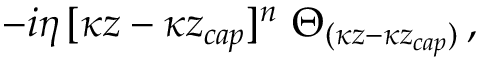
- i \eta \, [ \kappa z - \kappa z _ { c a p } ] ^ { n } ~ \Theta _ { ( \kappa z - \kappa z _ { c a p } ) } \, ,